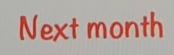
Next month